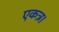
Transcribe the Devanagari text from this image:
एकत्र।